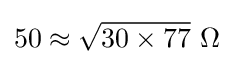
50\approx {\sqrt {30\times 77}}\mathrm {\ } \Omega